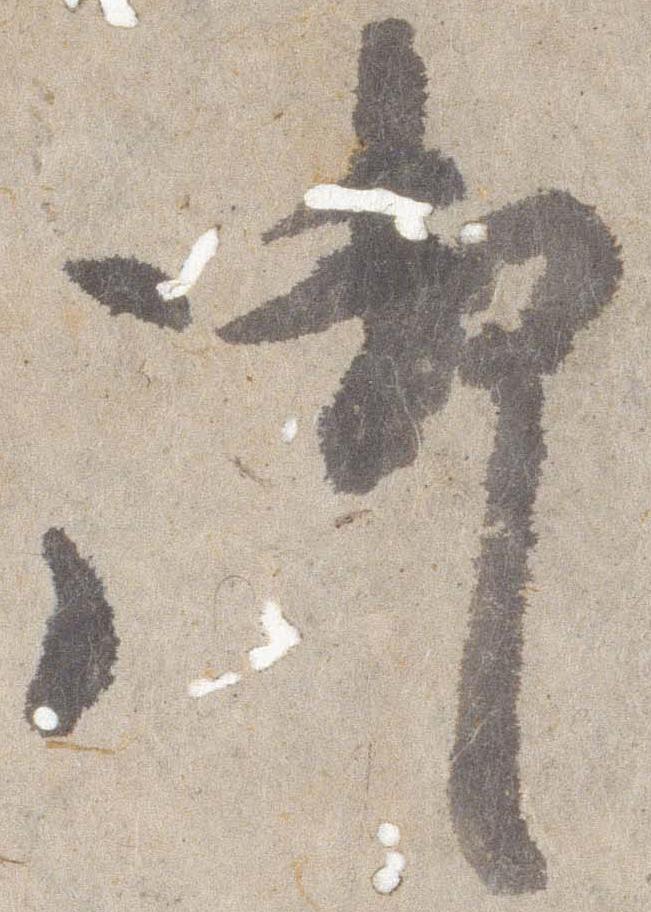
御